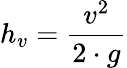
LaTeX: h_{v}={\frac{v^{2}}{2\cdot g}}